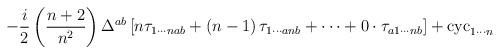
LaTeX: \begin{align*}-\frac{i}{2}\left( \frac{n+2}{n^{2}}\right) \Delta ^{ab}\left[ n\tau_{1\cdots nab}+\left( n-1\right) \tau _{1\cdots anb}+\cdots +0\cdot \tau_{a1\cdots nb}\right] +\mathrm{cyc}_{1\cdots n} \end{align*}